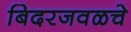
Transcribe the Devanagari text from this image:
बिदरजवळचे